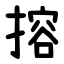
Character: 搈